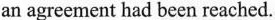
an agreement had been reached.